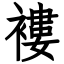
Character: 褸